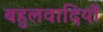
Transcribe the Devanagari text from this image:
बहुलवादियों